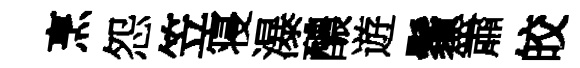
烹怨笠寝瀑醲遊鬚簫皎